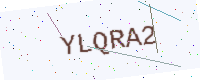
Text: YLQRA2